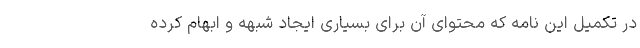
در تکمیل این نامه که محتوای آن برای بسیاری ایجاد شبهه و ابهام کرده